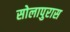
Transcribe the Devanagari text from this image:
सोलापुरास